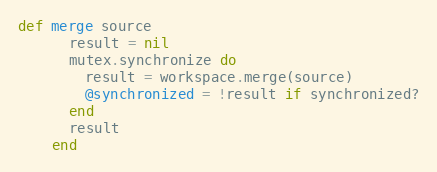
Language: Ruby
def merge source
      result = nil
      mutex.synchronize do
        result = workspace.merge(source)
        @synchronized = !result if synchronized?
      end
      result
    end